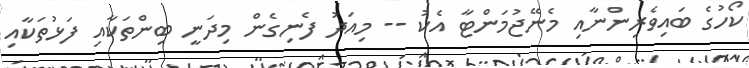
ކޯހުގެ ބައިވެރިންނާއި މެނޭޖުމަންޓާ އެކު -- މިއަދު ފެނިގެން މިދަނީ ބިންތަކާއި ފަޅުތަކާއި